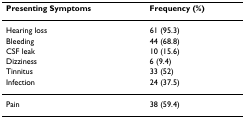
| Presenting Symptoms | Frequency (%) |
 | --- | --- |
 | Hearing loss | 61 (95.3) |
 | Bleeding | 44 (68.8) |
 | CSF leak | 10 (15.6) |
 | Dizziness | 6 (9.4) |
 | Tinnitus | 33 (52) |
 | Infection | 24 (37.5) |
 | Pain | 38 (59.4) |